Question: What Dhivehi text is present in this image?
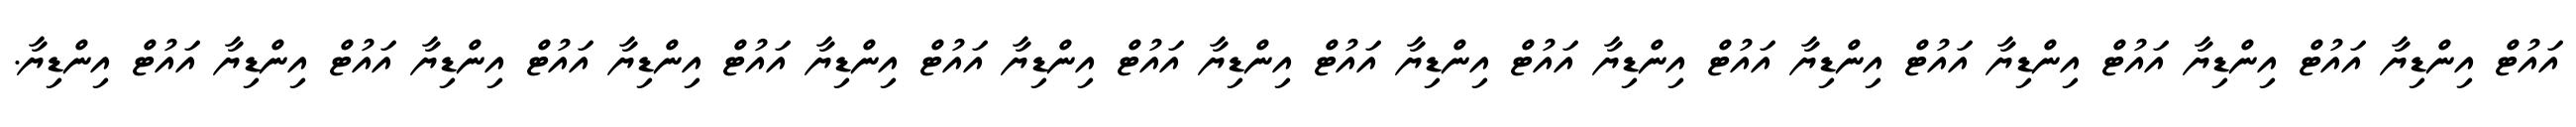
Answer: އައުޓް އިންޑިޔާ އައުޓް އިންޑިޔާ އައުޓް އިންޑިޔާ އައުޓް އިންޑިޔާ އައުޓް އިންޑިޔާ އައުޓް އިންޑިޔާ އައުޓް އިންޑިޔާ އައުޓް އިންޑިޔާ އައުޓް އިންޑިޔާ އައުޓް އިންޑިޔާ އައުޓް އިންޑިޔާ އައުޓް އިންޑިޔާ އައުޓް އިންޑިޔާ.